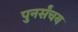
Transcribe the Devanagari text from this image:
पुनर्संचय